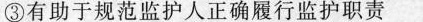
③有助于规范监护人正确履行监护职责